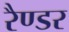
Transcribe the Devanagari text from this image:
रैण्डर